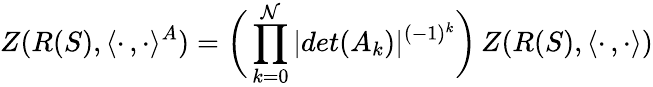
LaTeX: Z(R(S),\langle\cdot\, ,\cdot\rangle^{A})=\biggl(\, \prod_{k=0}^{\mathcal{N}}|det(A_{k})|^{(-1)^{k}}\biggr)\, Z(R(S),\langle\cdot\, ,\cdot\rangle)